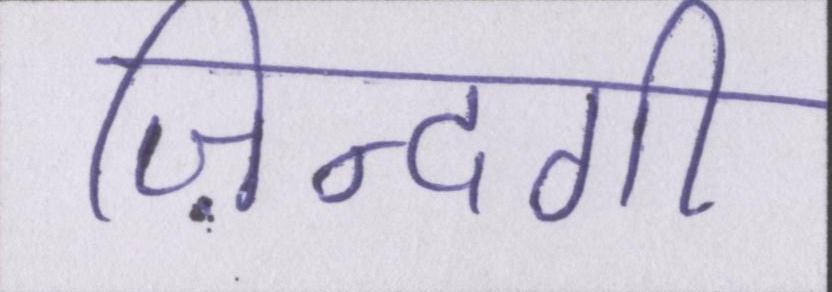
ज़िन्दगी